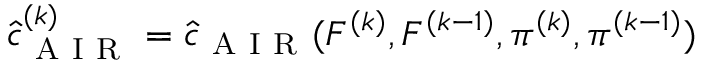
\begin{array} { r } { \hat { c } _ { \mathrm { ~ A ~ I ~ R ~ } } ^ { ( k ) } = \hat { c } _ { \mathrm { ~ A ~ I ~ R ~ } } ( F ^ { ( k ) } , F ^ { ( k - 1 ) } , \pi ^ { ( k ) } , \pi ^ { ( k - 1 ) } ) } \end{array}